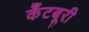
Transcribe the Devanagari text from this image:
कँटबूरी